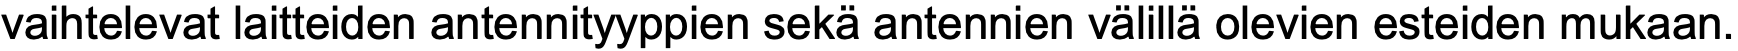
vaihtelevat laitteiden antennityyppien sekä antennien välillä olevien esteiden mukaan.